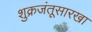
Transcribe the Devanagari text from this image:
शुक्रजंतूसारखा